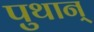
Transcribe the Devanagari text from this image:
पुथान्